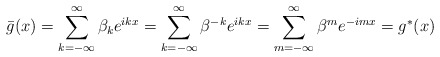
\begin{align*}\bar{g}(x)=\sum_{k=-\infty }^{\infty }\beta _{k}e^{ikx}=\sum_{k=-\infty}^{\infty }\beta ^{-k}e^{ikx}=\sum_{m=-\infty }^{\infty }\beta^{m}e^{-imx}=g^{*}(x)\end{align*}